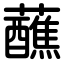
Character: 蘸